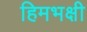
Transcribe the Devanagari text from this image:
हिमभक्षी